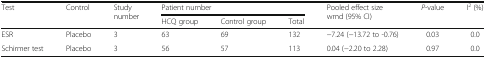
<table><thead><tr><td rowspan="2"><b>Test</b></td><td rowspan="2"><b>Control</b></td><td rowspan="2"><b>Study number</b></td><td colspan="3"><b>Patient number</b></td><td rowspan="2"><b>Pooled effect size wmd (95% CI)</b></td><td rowspan="2"><b><i>P</i>-value</b></td><td rowspan="2"><b>I<sup>2</sup> (%)</b></td></tr><tr><td><b>HCQ group</b></td><td><b>Control group</b></td><td><b>Total</b></td></tr></thead><tbody><tr><td>ESR</td><td>Placebo</td><td>3</td><td>63</td><td>69</td><td>132</td><td>−7.24 (−13.72 to -0.76)</td><td>0.03</td><td>0.0</td></tr><tr><td>Schirmer test</td><td>Placebo</td><td>3</td><td>56</td><td>57</td><td>113</td><td>0.04 (−2.20 to 2.28)</td><td>0.97</td><td>0.0</td></tr></tbody></table>